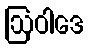
ဩဝါဒေ